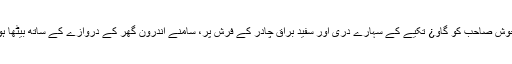
عموماً ہم جوش صاحب کو گاو¿ تکیے کے سہارے دری اور سفید براق چادر کے فرش پر، سامنے اندرون گھر کے دروازے کے ساتھ بیٹھا ہوا دیکھتے۔